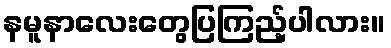
နမူနာလေးတွေပြကြည့်ပါလား။